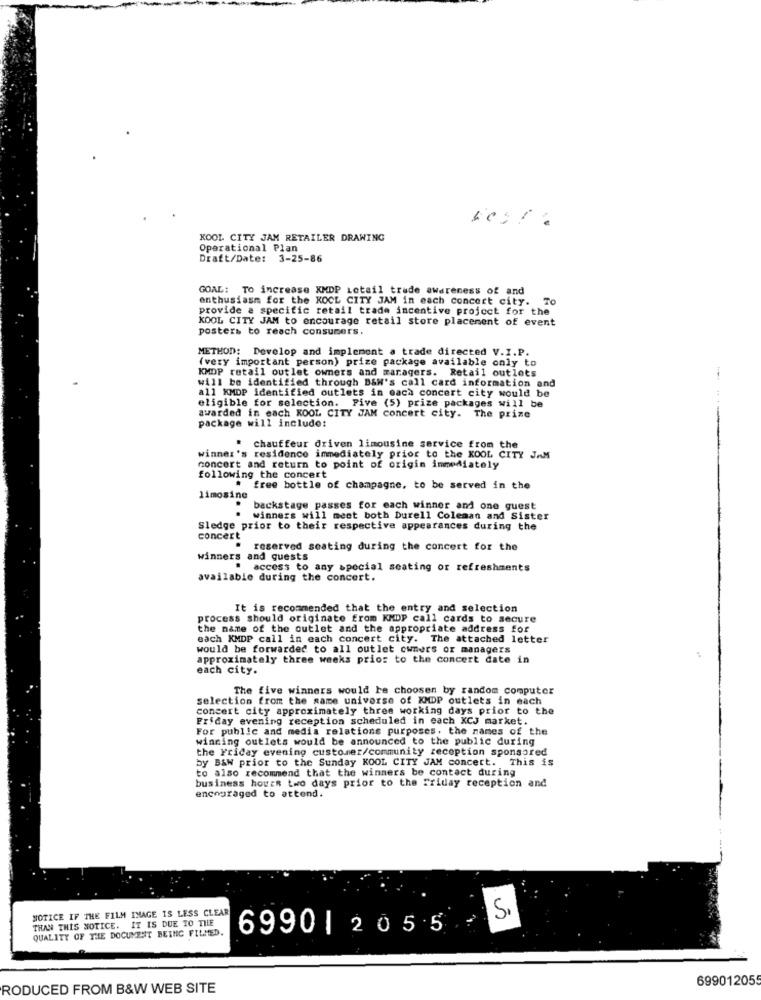
KOOL CITY JAM RETAILER DRAWING
Operational Plan
Draft/Date: 3-25-86
GOAL: TO increase XMDP Letail trude awareness of and
enthusiasm for the KOCL CITY JAM in each concert city.
T0
provide a specific retail trade incentive project for the
KOOL CITY JAM to encourage retail store placement of event
posters to reach consumers.
METHOD: Develop and implement a trade directed V.I.P.
(very important person) prize package available only to
KMDP retail outlet owners and maragers. Retail outlets
will be identified through B&W's call card information and
all KMDP identified outlets in each concert city would be
eligible for selection. Five (5) prize packages will be
awarded in each KOOL CITY JAM concert city. The prize
package will include:
chauffeur driven limousine service from the
winner's residence immediately prior to the KOOL CITY JAM
concert and return to point of origin immediately
following the concert
# free bottle of champagne, to be served in the
limosine
backstage passes for each winner and one guest
. winners will meet both Durell Coleman and Sister
Sledge prior to their respective appearances during the
concert
. reserved seating during the concert for the
winners and guests
access to any special seating or refreshments
available during the concert.
It is recommended that the entry and selection
process should originate from KMDP call cards to secure
the name of the outlet and the appropriate address for
each KMDP call in each concert city. The attached letter
would be forwarded to all outlet owners or managers
approximately three weeks prior to the concert date in
each city.
The five winners would be choosen by random computer
selection from the same universe of XMDP outlets in each
concert city approximately three working days prior to the
Friday evening reception scheduled in each XCJ market.
For public and media relations purposes. the names of the
winning outlets would be announced to the public during
the Friday evening customer/community reception sponsored
by B&W prior to the Sunday KOOL CITY JAM concert. This is
to also recommend that the winners be contact during
business hours two days prior to the Friday reception and
encouraged to attend.
NOTICE IF THE FILM INAGE IS LESS CLEAR
THAN THIS NOTICE. IT IS DUE TO THE
S.
QUALITY OF THE DOCUMENT BEING FILMED.
6990| 2055
69901205
RODUCED FROM B&W WEB SITE